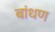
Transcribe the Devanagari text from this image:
बांधण